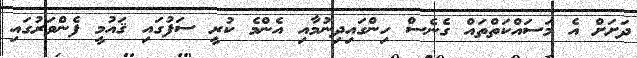
ދަށަށް އެ މަސައްކަތްތައް ގެނެސް ހިންގައިދިނުމާއި އެންމެ ކުރީ ސަފުގައި ޤައުމީ ފެންވަރުގައި